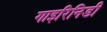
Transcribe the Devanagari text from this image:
गाइरिनिडी